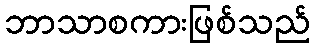
ဘာသာစကားဖြစ်သည်